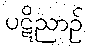
ပဋိညာဉ်